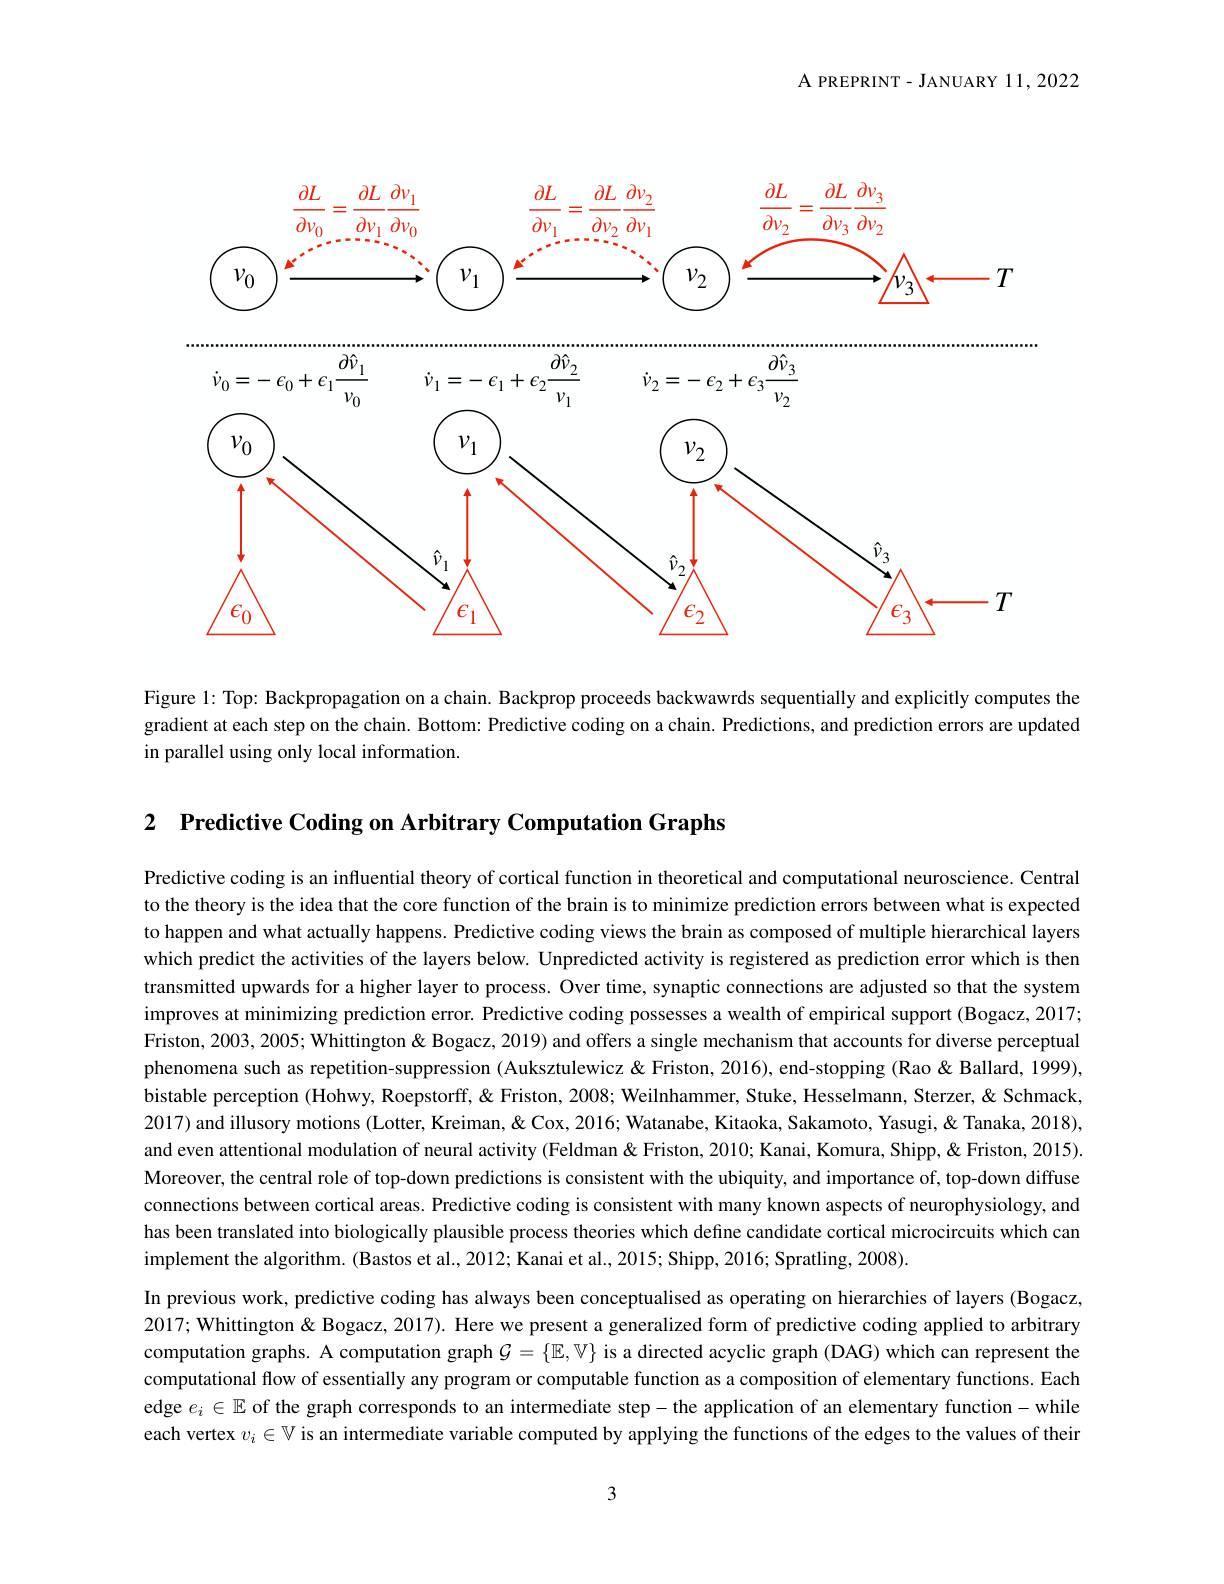
A PREPRINT- JANUARY 11,2022

<FigureHere>

Figure l: Top: Backpropagation on a chain. Backprop proceeds backwawrds sequentially and explicitly computes the gradient at each step on the chain. Bottom: Predictive coding on a chain. Predictions, and prediction errors are updated in parallel using only local information.

2 $\textbf{Predictive Coding on Arbitrary Computation Graphs}$

Predictive coding is an influential theory of cortical function in theoretical and computational neuroscience. Central to the theory is the idea that the core function of the brain is to minimize prediction errors between what is expected to happen and what actually happens. Predictive coding views the brain as composed of multiple hierarchical layers which predict the activities of the layers below. Unpredicted activity is registered as prediction error which is then transmitted upwards for a higher layer to process. Over time, synaptic connections are adjusted so that the system improves at minimizing prediction error. Predictive coding possesses a wealth of empirical support (Bogacz,2017; Friston, 2003, 2005; Whittington & Bogacz, 2019) and offers a single mechanism that accounts for diverse perceptual phenomena such as repetition-suppression (Auksztulewicz & Friston, 2016), end-stopping (Rao & Ballard, 1999), bistable perception (Hohwy, Roepstorff, & Friston, 2008; Weilnhammer, Stuke, Hesselmann, Sterzer, & Schmack, Tors $(x)=(x-1)$ Porstan Pors $(x)$ 2017) and illusory motions (Lotter, Kreiman, & Cox, 2016; Watanabe, Kitaoka, Sakamoto, Yasugi, & Tanaka, 2018), and even attentional modulation of neural activity (Feldman & Friston, 2010; Kanai, Komura, Shipp, & Friston, 2015). Moreover, the central role of top-down predictions is consistent with the ubiquity, and importance of, top-down diffuse connections between cortical areas. Predictive coding is consistent with many known aspects of neurophysiology, and has been translated into biologically plausible process theories which define candidate cortical microcircuits which car implement the algorithm. (Bastos et al., 2012; Kanai et al., 2015; Shipp, 2016; Spratling, 2008)
In previous work, predictive coding has always been conceptualised as operating on hierarchies of layers (Bogacz, 2017; Whittington& Bogacz, 2017). Here we present a generalized form of predictive coding applied to arbitrary computation graphs. A computation graph $\mathcal{G}=\{\mathbb{E},\mathbb{V}\}$ is a directed acyclic graph (DAG) which can represent the computational flow of essentially any program or computable function as a composition of elementary functions. Each edge $e_i\in\mathbb{E}$ of the graph corresponds to an intermediate step-the application of an elementary function- while

each vertex $v_i\in\mathbb{V}$ is an intermediate variable computed by applying the functions of the edges to the values of their

3